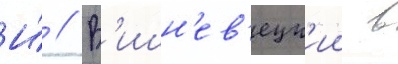
И́ // В'ишн'ев'ецк'ии в